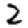
Digit: 2